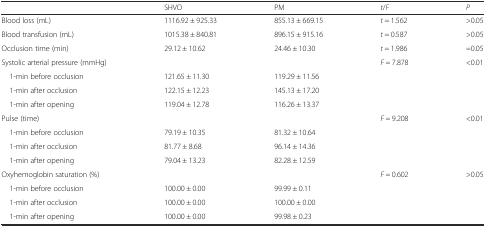
|  | SHVO | PM | t/F | P |
 | --- | --- | --- | --- | --- |
 | Blood loss (mL) | 1116.92 ± 925.33 | 855.13 ± 669.15 | t = 1.562 | >0.05 |
 | Blood transfusion (mL) | 1015.38 ± 840.81 | 896.15 ± 915.16 | t = 0.587 | >0.05 |
 | Occlusion time (min) | 29.12 ± 10.62 | 24.46 ± 10.30 | t = 1.986 | =0.05 |
 | Systolic arterial pressure (mmHg) |  |  | F = 7.878 | <0.01 |
 | 1-min before occlusion | 121.65 ± 11.30 | 119.29 ± 11.56 | <ROWSPAN=3>  | <ROWSPAN=3>  |
 | 1-min after occlusion | 122.15 ± 12.23 | 145.13 ± 17.20 |
 | 1-min after opening | 119.04 ± 12.78 | 116.26 ± 13.37 |
 | Pulse (time) |  |  | F = 9.208 | <0.01 |
 | 1-min before occlusion | 79.19 ± 10.35 | 81.32 ± 10.64 |  |  |
 | 1-min after occlusion | 81.77 ± 8.68 | 96.14 ± 14.36 |  |  |
 | 1-min after opening | 79.04 ± 13.23 | 82.28 ± 12.59 |  |  |
 | Oxyhemoglobin saturation (%) |  |  | F = 0.602 | >0.05 |
 | 1-min before occlusion | 100.00 ± 0.00 | 99.99 ± 0.11 |  |  |
 | 1-min after occlusion | 100.00 ± 0.00 | 100.00 ± 0.00 |  |  |
 | 1-min after opening | 100.00 ± 0.00 | 99.98 ± 0.23 |  |  |